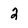
Character: 2